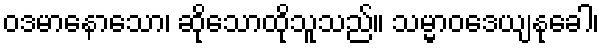
ဝဒမာနောသော၊ ဆိုသောထိုသူသည်။ သမ္မာဝဒေယျနုခေါ၊